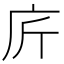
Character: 庍